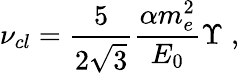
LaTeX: \nu_{cl}=\frac{5}{2\sqrt{3}}\frac{\alpha m_{e}^{2}}{E_{0}}\Upsilon\; ,